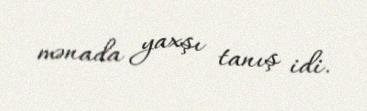
mənada yaxşı tanış idi.